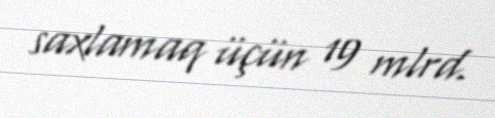
saxlamaq üçün 19 mlrd.